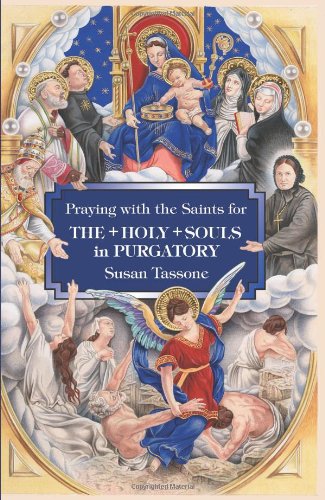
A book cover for Praying with the Saints for the Holy Souls in Purgatory; Susan Tassone; Religion & Spirituality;